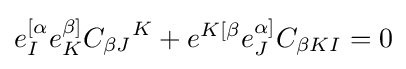
e_{I}^{[\alpha }e_{K}^{\beta ]}{C_{\beta J}}^{K}+e^{K[\beta }e_{J}^{\alpha ]}C_{\beta KI}=0